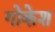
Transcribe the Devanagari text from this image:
गोकेश